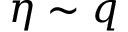
\eta \sim q